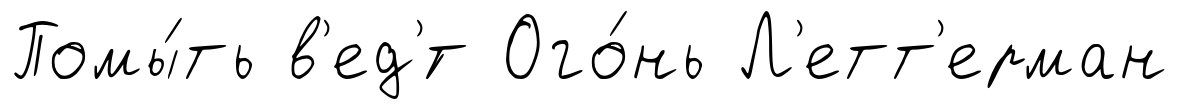
Помы́ть в'ед'́т Ого́нь Л'етт'ерман